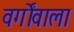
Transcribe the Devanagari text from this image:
वर्गोंवाला